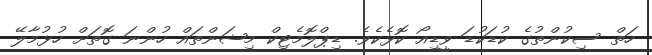
ހަތް ސިކުންތުގެ ކުޑަކުޑަ ވީޑިއޯ ކޮޅެކެވެ. ޑިޕްލޮމެޓިކް މިޝަންތައް ހުންނަ ގޮތަށް ހުޅުމާލޭ